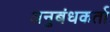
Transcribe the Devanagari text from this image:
अनुबंधकर्ता